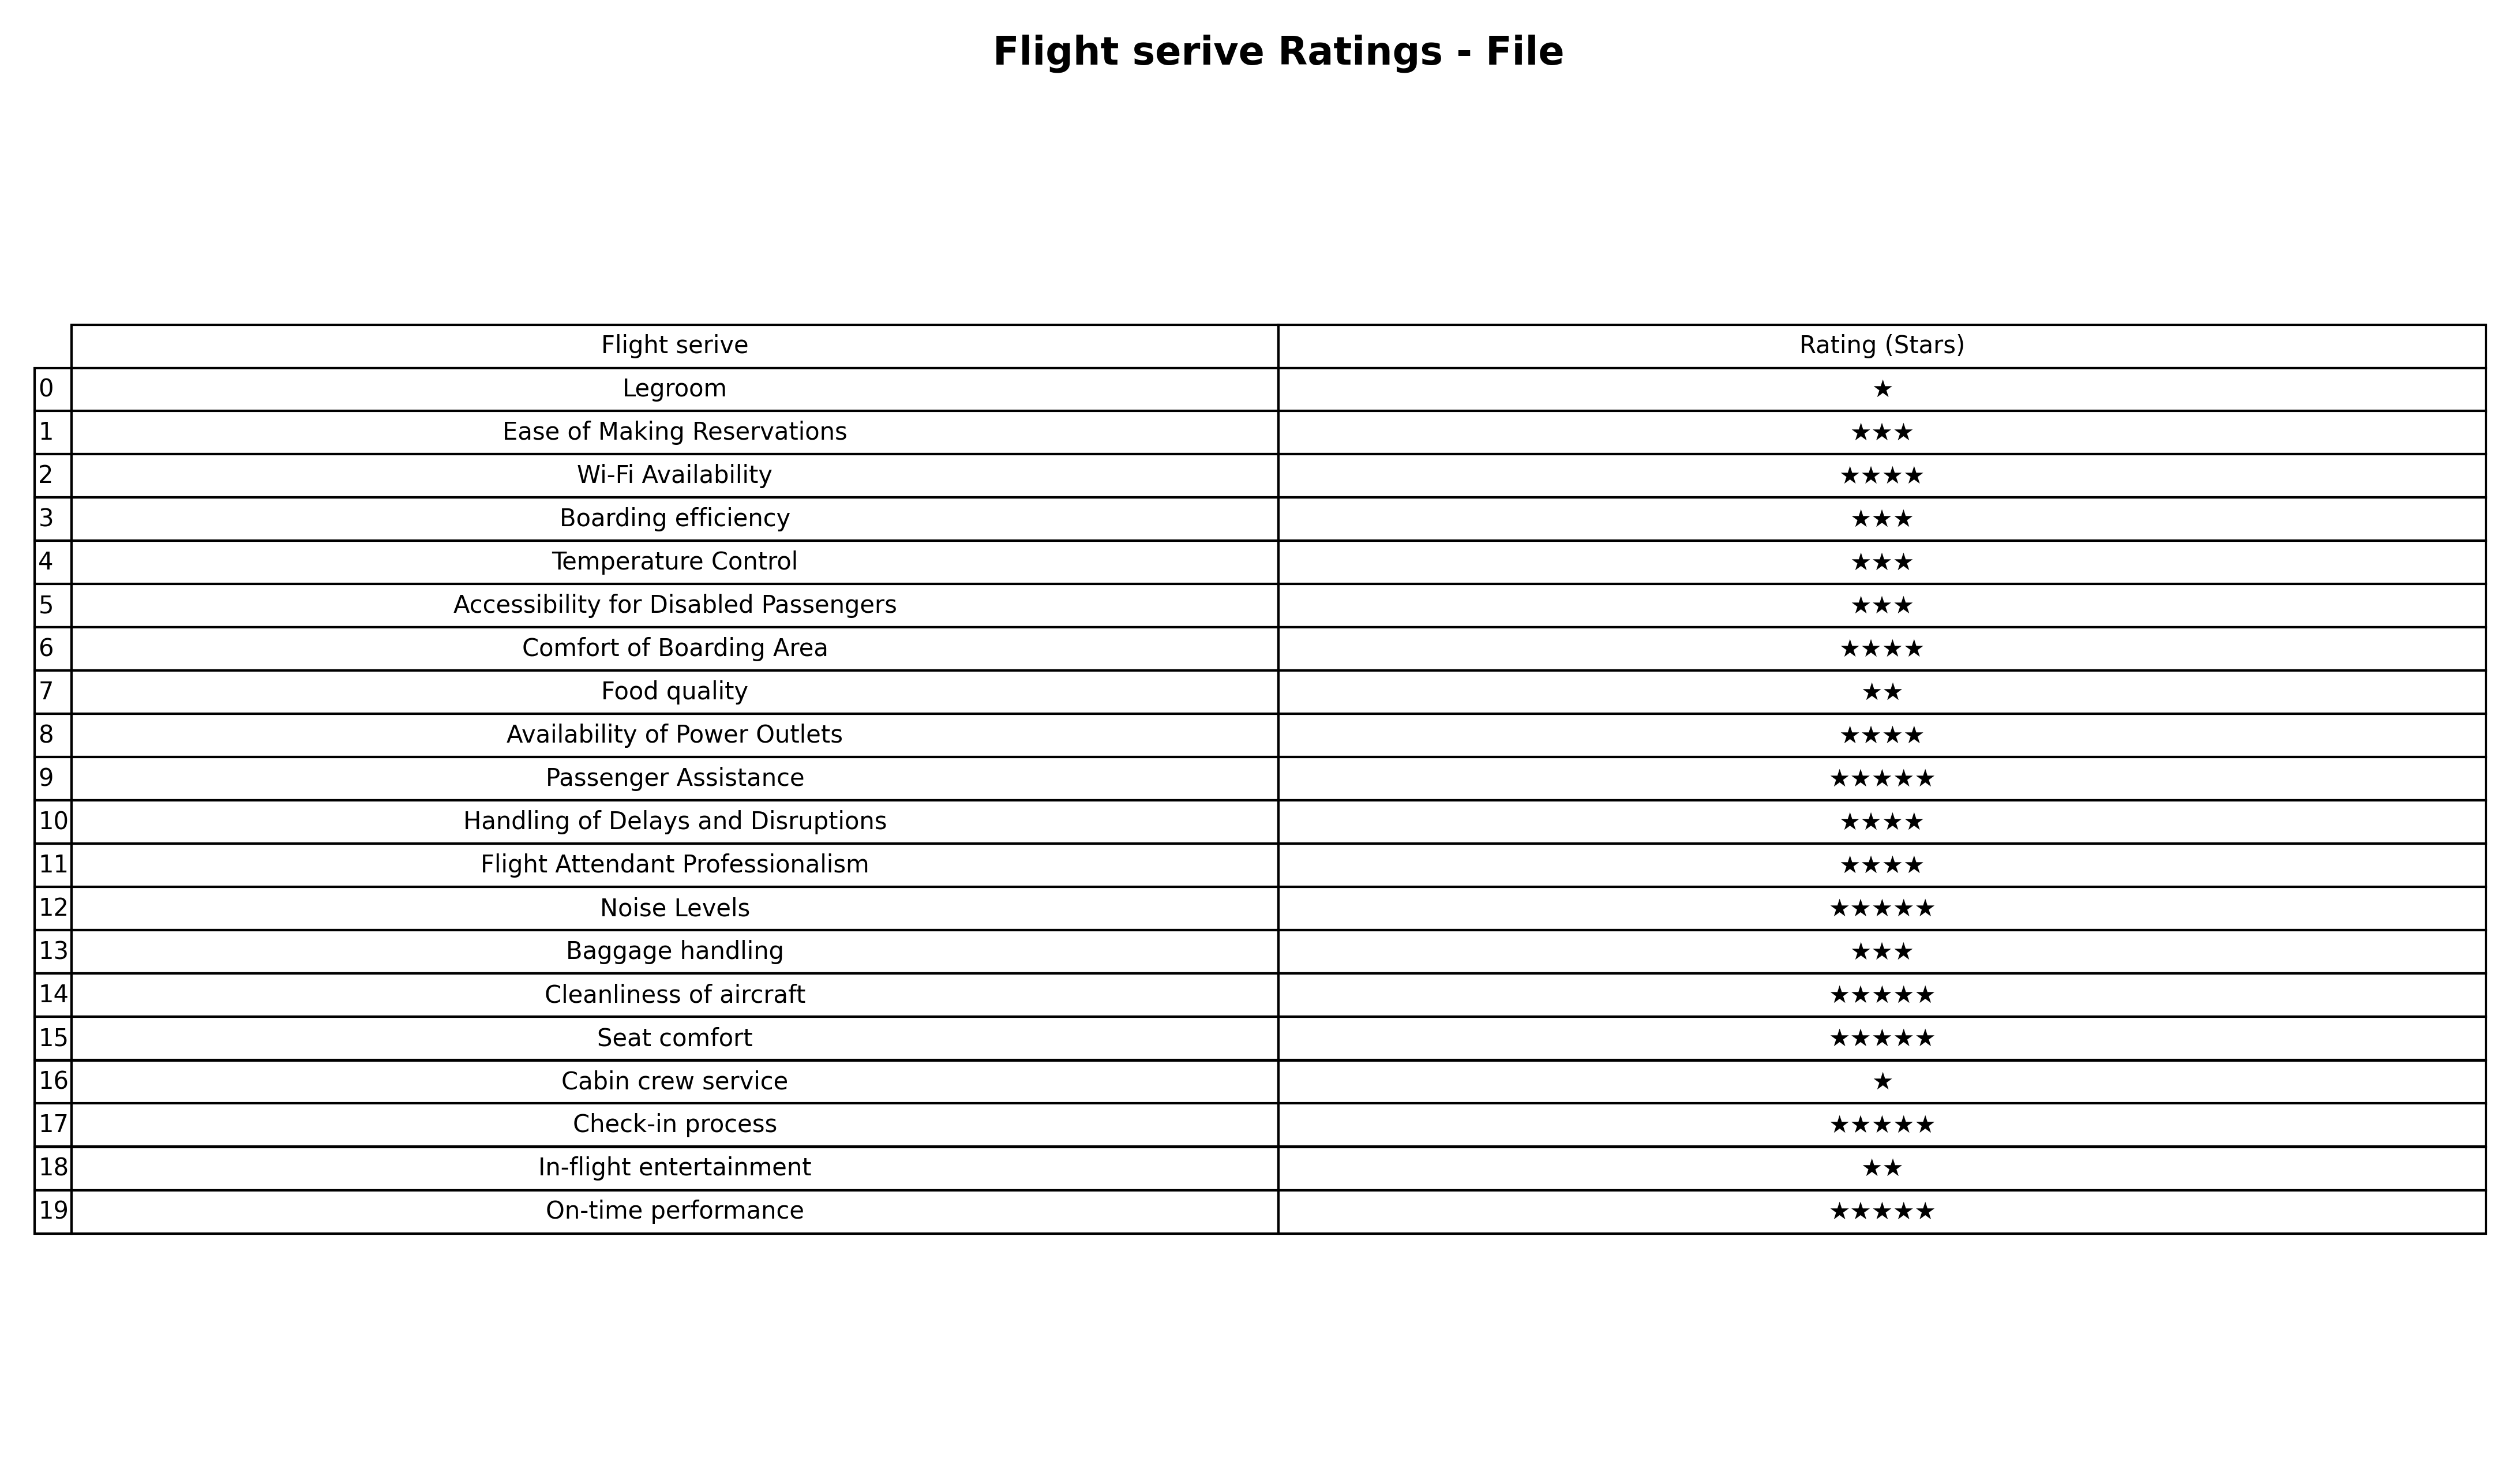
question: Which services are rated average?
answer: Ease of Making ReservationsBoarding efficiencyTemperature ControlAccessibility for Disabled PassengersBaggage handling